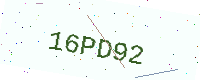
Text: 16PD92